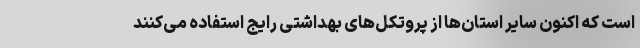
است که اکنون سایر استان‌ها از پروتکل‌های بهداشتی رایج استفاده می‌کنند